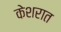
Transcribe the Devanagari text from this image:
केशरात